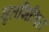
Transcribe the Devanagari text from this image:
घृतमिश्रित